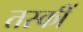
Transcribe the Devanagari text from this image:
तस्कीं